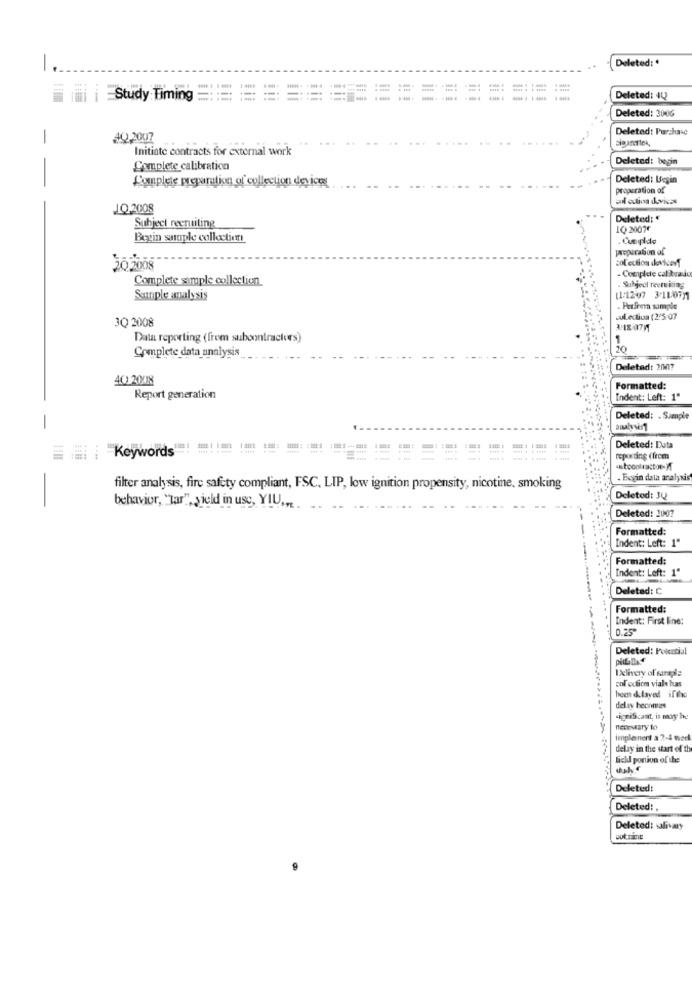
Deleted: .
1
ii i Study Timing
Deleted: 44
Deleted: 2006
Deleted: Purchase
-
40,2007
Initiate contracts for external work
Deleted: begin
Complete calibration
Complete preparation of collection devices
Deleted: Leşin
properation of
Gul cution dovics
JO,2008
Deleted:
Subject recruiting
IQ 2007F
Begin staple collection
. Cuepide
preparation of
colection devicesf
202008
- Complete calibrauu
Complete sample collection
. Subject recruiting
Sunple amalysis
(1-12-47 3-11-071
. Perfrem sample
3Q 2008
ouLedtiva (2/5:07
Data reporting (frem subcontractors)
1.
10
Complete data analysis
Deletad: 2007
40 2008
Formatted:
Report generation
Indent: Left: 1"
Deleted: . Sample
Deleted: Data
Keywords"
reporting (from
- Bogin data analysis
filter analysis, fire safety compliant, FSC, LIP, low ignition propensity, nicotine, smoking
Deleted: 30
behavior, "Tar", yield in use, YIU ...
Deleted: 2007
Formatted:
Indent: Left: 1"
Formatted:
Indent: Left: 1"
Deleted: C
Formatted:
Indent: First line:
0.25ª
Deleted: Poicatial
Delivery of saraple
polodicm viale has
been delayed ifthe
delay heonnies
significant, it may he
necessary lo
implement a 2-4 wack
delay in the start of th
licll portion of the
Deleted:
Deleted:
Deleted: salivary